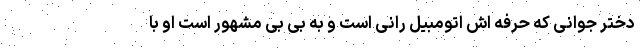
دختر جوانی که حرفه اش اتومبیل رانی است و به بی بی مشهور است او با